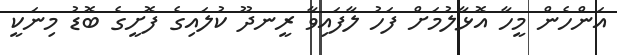
އަންހެން މީހާ އޮޅާލުމަަށް ފަހު ލާފައިވާ ރީނދޫ ކުލައިގެ ފޮށީގެ ބޮޑު މިނަކީ